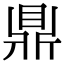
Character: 鼎